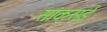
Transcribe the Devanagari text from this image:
सांकसई